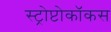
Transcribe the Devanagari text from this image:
स्ट्रोप्टोकॉकस